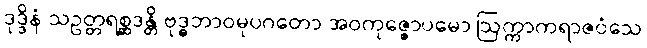
ဒုဒ္ဒိနံ သဥတ္တရစ္ဆဒန္တိ ဗုဒ္ဓဘာဝမုပဂတော အဝကုဇ္ဇောပမော ဩက္ကာကရာဇဝံသေ